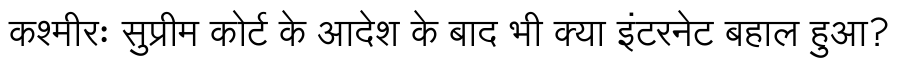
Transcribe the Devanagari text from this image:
कश्मीरः सुप्रीम कोर्ट के आदेश के बाद भी क्या इंटरनेट बहाल हुआ?